Insane asylums in Bengal annual reports 1867-1875 - 1867-1875
Year: 1867
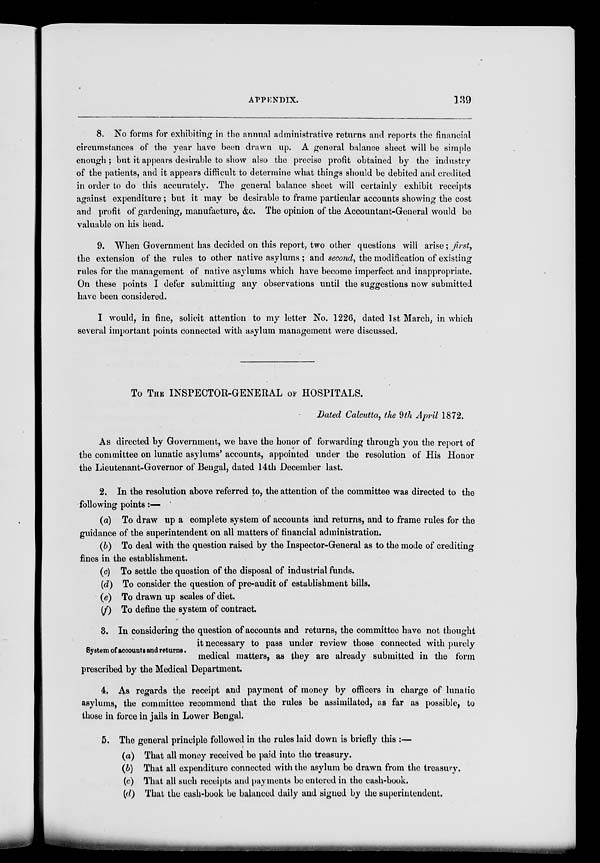
APPENDIX.
139
8. No forms for exhibiting in the annual administrative returns and reports the financial
circumstances of the year have been drawn up. A general balance sheet will be simple
enough; but it appears desirable to show also the precise profit obtained by the industry
of the patients, and it appears difficult to determine what things should be debited and credited
in order to do this accurately. The general balance sheet will certainly exhibit receipts
against expenditure ; but it may be desirable to frame particular accounts showing the cost
and profit of gardening, manufacture, &c. The opinion of the Accountant-General would be
valuable on his head.
9. When Government has decided on this report, two other questions will arise; first,
the extension of the rules to other native asylums ; and second, the modification of existing
rules for the management of native asylums which have become imperfect and inappropriate.
On these points I defer submitting any observations until the suggestions now submitted
have been considered.
I would, in fine, solicit attention to my letter No. 1226, dated 1st March, in which
several important points connected with asylum management were discussed.
To THE INSPECTOR-GENERAL OF HOSPITALS.
Dated Calcutta, the 9th April 1872.
As directed by Government, we have the honor of forwarding through you the report of
the committee on lunatic asylums' accounts, appointed under the resolution of His Honor
the Lieutenant-Governor of Bengal, dated 14th December last.
2. In the resolution above referred to, the attention of the committee was directed to the
following points :.—
(a) To draw up a complete system of accounts and returns, and to frame rules for the
guidance of the superintendent on all matters of financial administration.
(b) To deal with the question raised by the Inspector-General as to the mode of crediting
fines in the establishment.
(c) To settle the question of the disposal of industrial funds.
(d) To consider the question of pre-audit of establishment bills,
(e) To drawn up scales of diet.
(f) To define the system of contract.
System of accounts and returns.
3. In considering the question of accounts and returns, the committee have not thought
it necessary to pass under review those connected with purely
medical matters, as they are already submitted in the form
prescribed by the Medical Department.
4. As regards the receipt and payment of money by officers in charge of lunatic
asylums, the committee recommend that the rules be assimilated, as far as possible, to
those in force in jails in Lower Bengal.
5. The general principle followed in the rules laid down is briefly this :—
(a) That all money received be paid into the treasury.
(b) That all expenditure connected with the asylum be drawn from the treasury.
(c) That all such receipts and payments be entered in the cash-book.
(d) That the cash-book be balanced daily and signed by the superintendent.